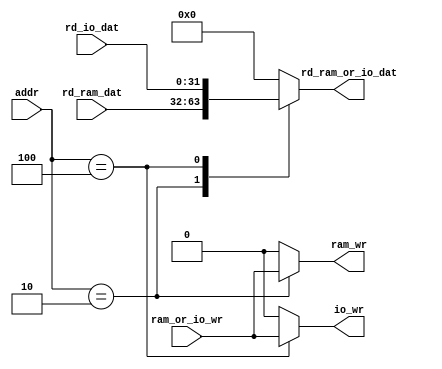
module RAM_IO_Mux 
   #(
        parameter            ram_addr = 4'h2, 
        parameter            io_addr = 4'h4
    )
    (
        input      [3:0]     addr,
        input      [31:0]    rd_ram_dat,
        input      [31:0]    rd_io_dat,

        input                ram_or_io_wr,

        output reg [31:0]    rd_ram_or_io_dat,
        output reg           ram_wr,
        output reg           io_wr
    );

        always @(*) begin
            case (addr)
                ram_addr: begin
                    rd_ram_or_io_dat  = rd_ram_dat;
                    ram_wr = ram_or_io_wr;
                    io_wr  = 0;
                end
                io_addr: begin
                    rd_ram_or_io_dat = rd_io_dat;
                    io_wr = ram_or_io_wr;
                    ram_wr = 0;
                end
                default: begin
                    rd_ram_or_io_dat  = 0;
                    ram_wr = 0;
                    io_wr  = 0;
                end
            endcase
        end

    
endmodule